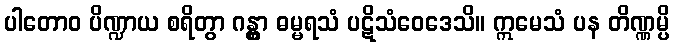
ပါတောဝ ပိဏ္ဍာယ စရိတွာ ဂန္တွာ ဓမ္မရသံ ပဋိသံဝေဒေသိ။ ဣမေသံ ပန တိဏ္ဏမ္ပိ